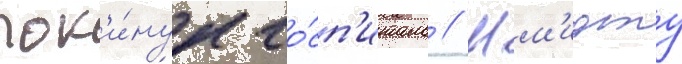
пок'и́нул го́сп'италь // Шм'идту